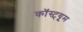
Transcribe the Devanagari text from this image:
कॉस्ट़्यूम